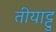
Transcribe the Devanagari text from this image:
तीयाट्टु